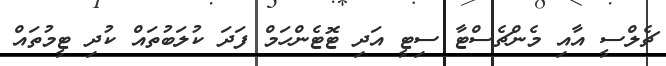
ޗެލްސީ އާއި މެންޗެސްޓާ ސިޓީ އަދި ޓޮޓެންހަމް ފަދަ ކުލަބުތައް ކުދި ޓީމުތައް